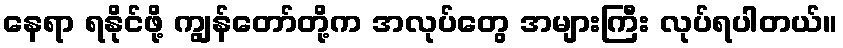
နေရာ ရနိုင်ဖို့ ကျွန်တော်တို့က အလုပ်တွေ အများကြီး လုပ်ရပါတယ်။